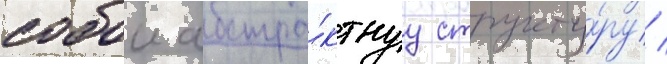
собои абстра́ктнуу структу́ру /